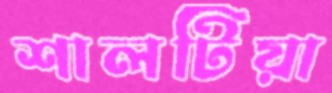
শালটিয়া